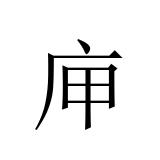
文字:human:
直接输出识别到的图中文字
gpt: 庘